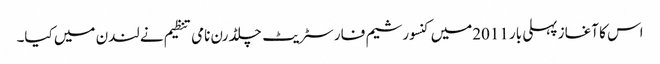
اس کا آغاز پہلی بار 2011میں کنسورشیم فار سٹریٹ چلڈرن نامی تنظیم نے لندن میں کیا۔